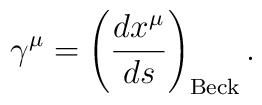
\gamma ^\mu =\left( \frac{dx^\mu }{ds}\right) _{{\rm Beck}}.